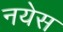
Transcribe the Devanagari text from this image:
नयेस